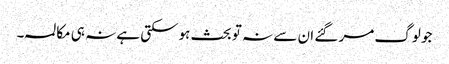
جو لوگ مر گئے ان سے نہ تو بحث ہوسکتی ہے نہ ہی مکالمہ۔